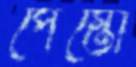
পেস্তো